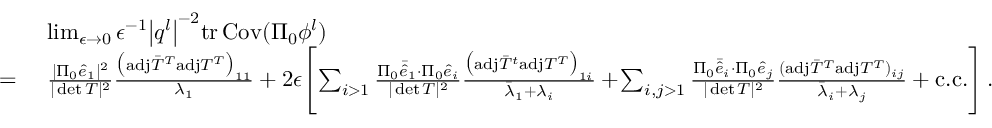
\begin{array} { r l } & { ~ \operatorname* { l i m } _ { \epsilon \rightarrow 0 } \epsilon ^ { - 1 } \big \vert \boldsymbol { q } ^ { l } \big \vert ^ { - 2 } \mathrm { t r } \, { \mathrm { C o v } ( \Pi _ { 0 } { \phi } ^ { l } ) } } \\ { = } & { ~ \frac { \vert \Pi _ { 0 } \hat { e } _ { 1 } \vert ^ { 2 } } { \vert \operatorname* { d e t } T \vert ^ { 2 } } \frac { \big ( \mathrm { a d j } \bar { T } ^ { T } \mathrm { a d j } T ^ { T } \big ) _ { 1 1 } } { \lambda _ { 1 } } + 2 \epsilon \! \left[ \sum _ { i > 1 } \frac { \Pi _ { 0 } \bar { \hat { e } } _ { 1 } \cdot \Pi _ { 0 } \hat { e } _ { i } } { \vert \operatorname* { d e t } T \vert ^ { 2 } } \frac { \big ( \mathrm { a d j } \bar { T } ^ { t } \mathrm { a d j } T ^ { T } \big ) _ { 1 i } } { \bar { \lambda } _ { 1 } + \lambda _ { i } } + \! \sum _ { i , j > 1 } \frac { \Pi _ { 0 } \bar { \hat { e } } _ { i } \cdot \Pi _ { 0 } \hat { e } _ { j } } { \vert \operatorname* { d e t } T \vert ^ { 2 } } \frac { ( \mathrm { a d j } \bar { T } ^ { T } \mathrm { a d j } T ^ { T } ) _ { i j } } { \bar { \lambda } _ { i } + \lambda _ { j } } + \mathrm { c . c . } \right] . } \end{array}